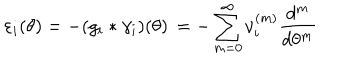
\varepsilon _ { i } ( \theta ) = - ( g _ { i } * \gamma _ { i } ) ( \theta ) \, = - \sum _ { m = 0 } ^ { \infty } \nu _ { i } ^ { ( m ) } \frac { d ^ { m } } { d \theta ^ { m } }